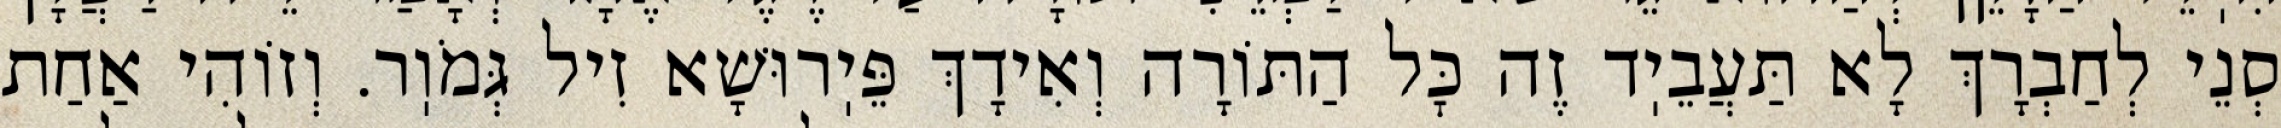
סְנֵי לְחַבְרָךְ לָא תַּעֲבֵיֽד זֶה כׇּל הַתּוֹרָה וְאִידָךְ פֵּיֽרוּשָׁא זִיל גְּמֹוֽר. וְזוֹהִי אַחַת